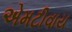
એમટીવાય